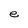
Character: e